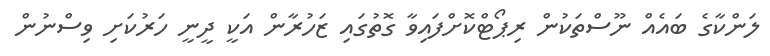
ލަންކާގެ ބައެއް ނޫސްތަކުން ރިޕޯޓްކޮށްފައިވާ ގޮތުގައި ޒަހުރާން އަކީ ދީނީ ހަރުކަށި ވިސްނުން